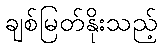
ချစ်မြတ်နိုးသည့်